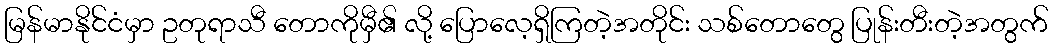
မြန်မာနိုင်ငံမှာ ဥတုရာသီ တောကိုမှီ၏ လို့ ပြောလေ့ရှိကြတဲ့အတိုင်း သစ်တောတွေ ပြုန်းတီးတဲ့အတွက်